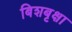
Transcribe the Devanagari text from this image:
बिशबृक्षा